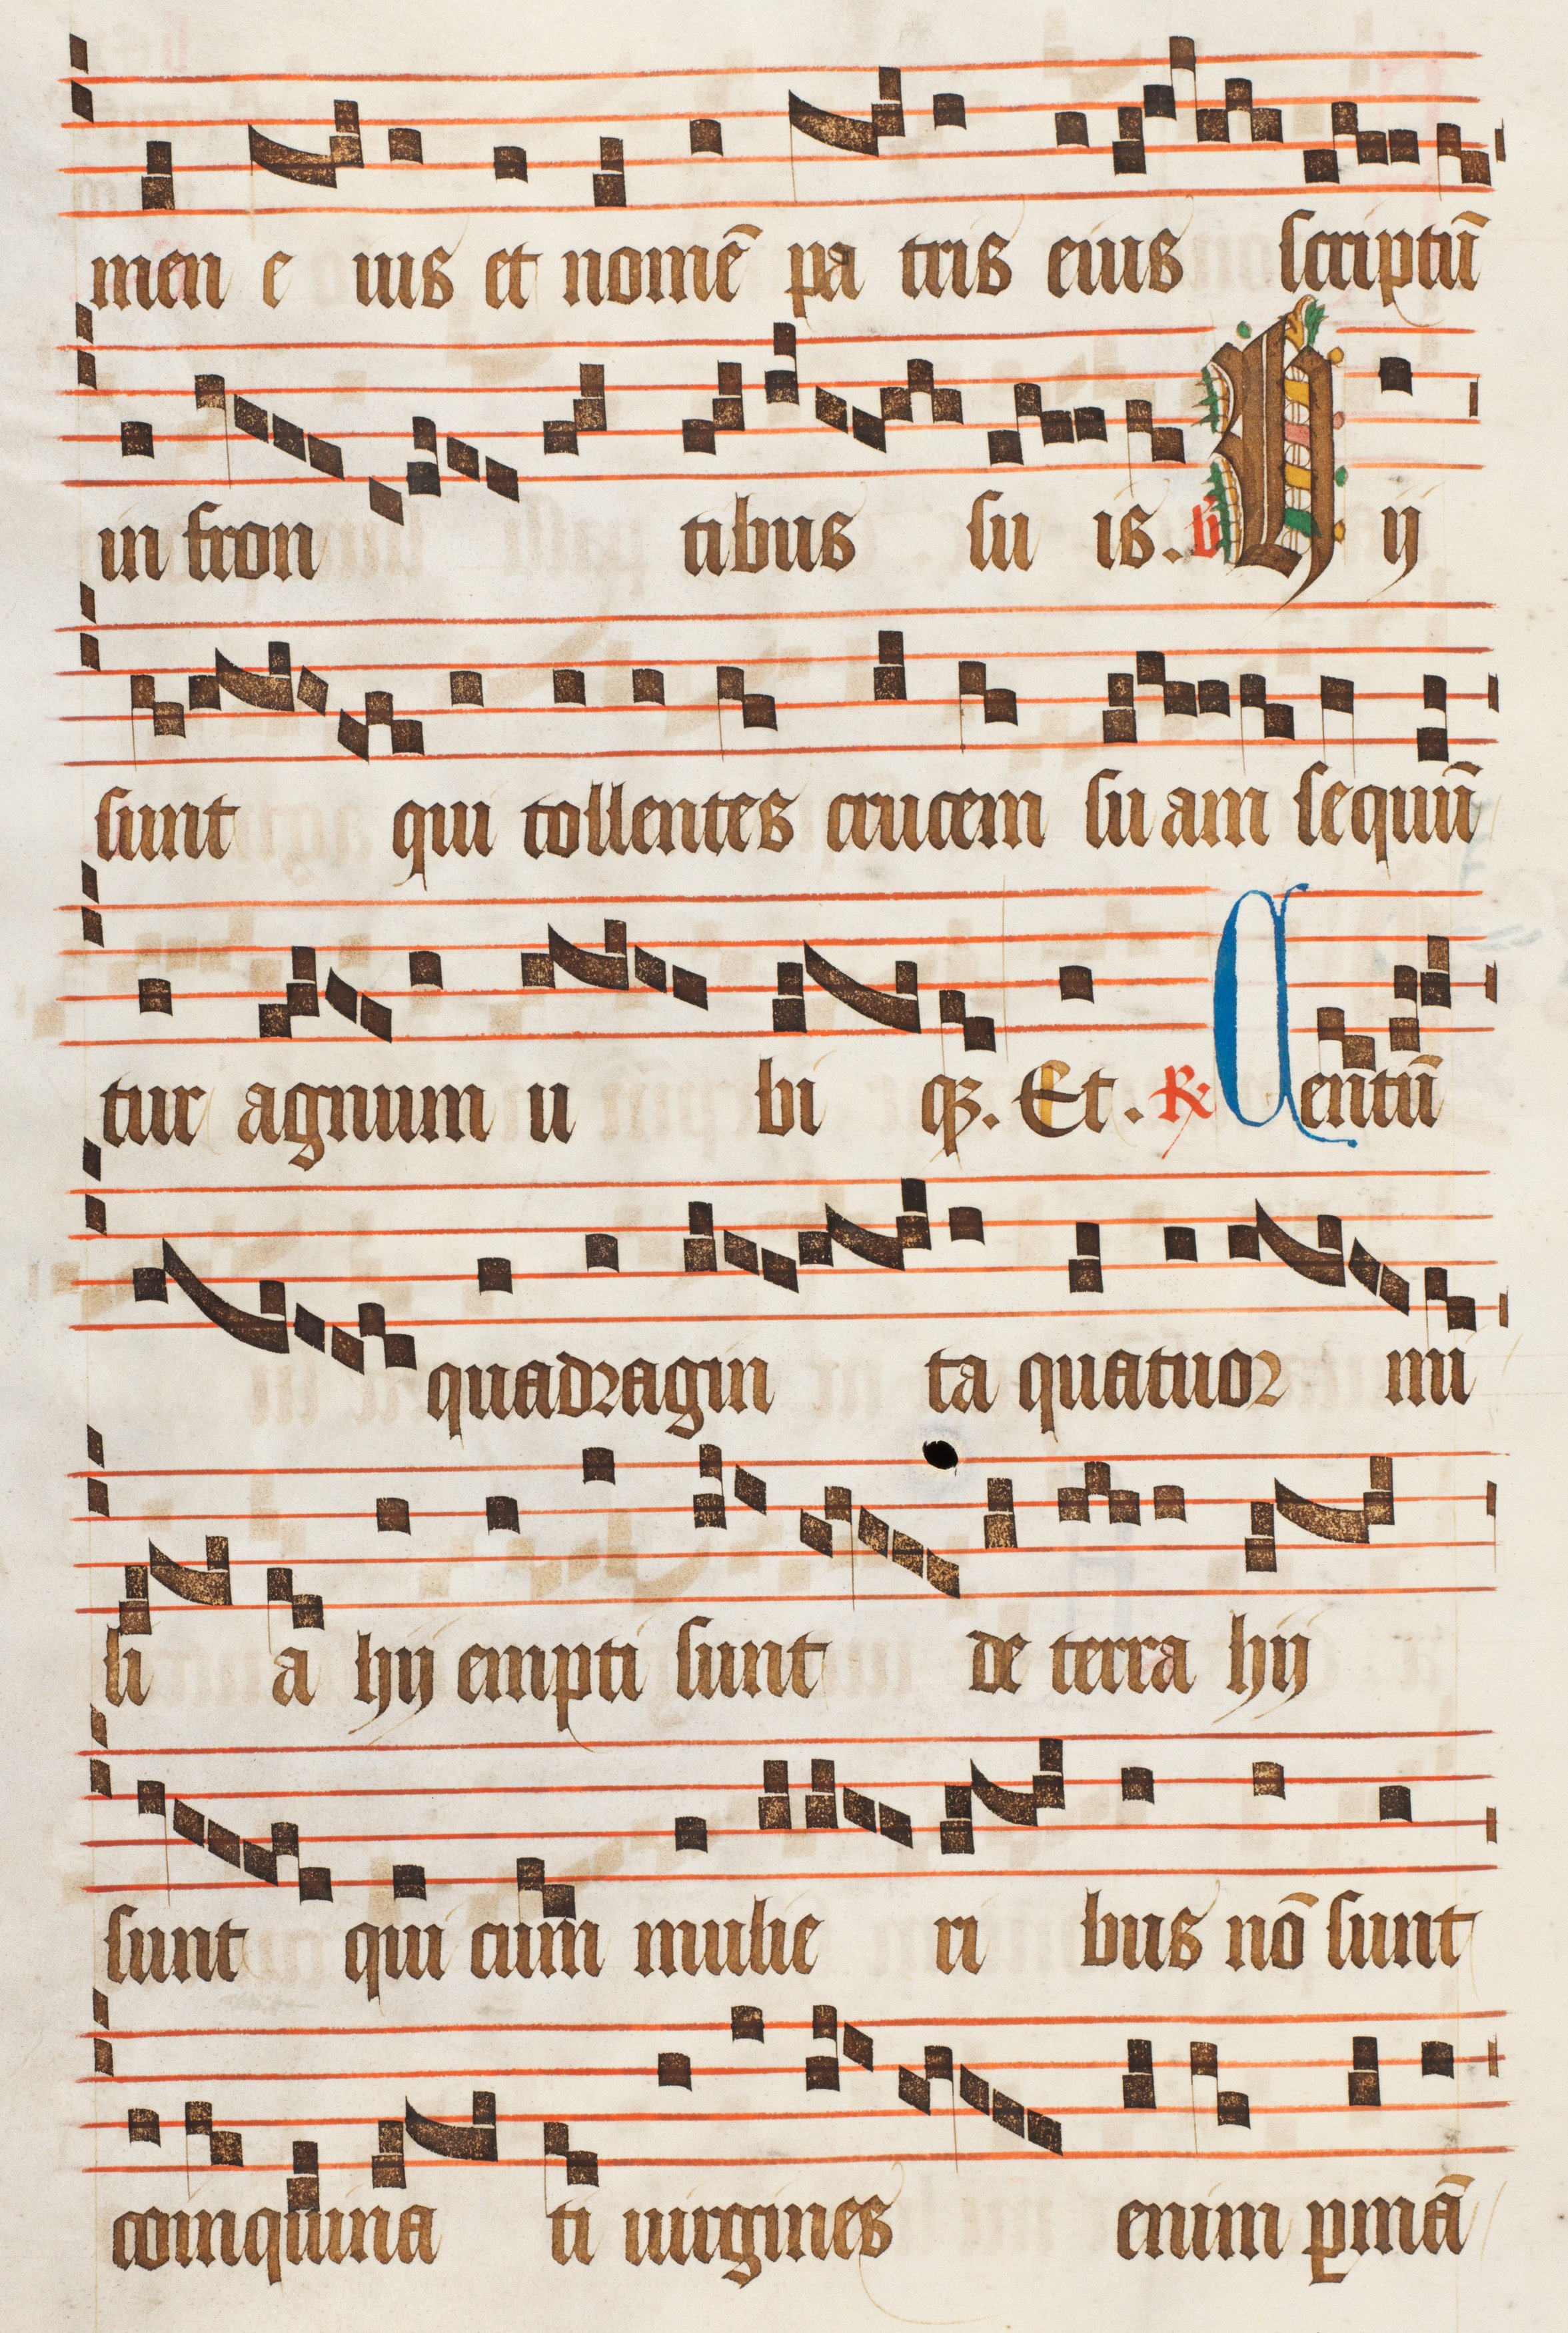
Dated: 1470–1505